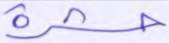
حشرة